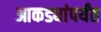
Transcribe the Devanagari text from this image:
आकड्यांपर्यंत